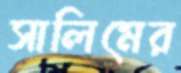
সালিমের